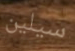
سيلين